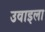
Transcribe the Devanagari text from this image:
उवाइला